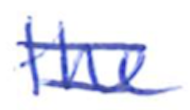
Text: the
Cross-out: mix
Writing tool: ballpoint